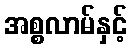
အစ္စလာမ်နှင့်